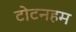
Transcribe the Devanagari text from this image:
टोटनहम